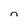
Character: n